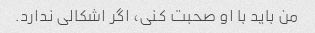
من باید با او صحبت کنی، اگر اشکالی ندارد.